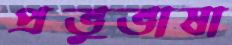
প্রভুভাষা